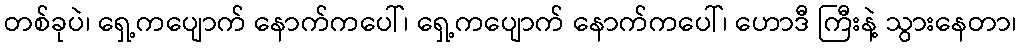
တစ်ခုပဲ၊ ရှေ့ကပျောက် နောက်ကပေါ်၊ ရှေ့ကပျောက် နောက်ကပေါ်၊ ဟောဒီ ကြီးနဲ့ သွားနေတာ၊